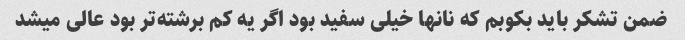
ضمن تشکر باید بکوبم که نانها خیلی سفید بود اگر یه کم برشته‌تر بود عالی میشد